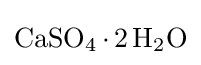
{\mathrm {CaSO} {\vphantom {A}}_{\smash[{t}]{4}}\,{\cdot }\,2\,\mathrm {H} {\vphantom {A}}_{\smash[{t}]{2}}\mathrm {O} }